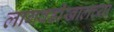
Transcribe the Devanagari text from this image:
लागवडीखालच्या